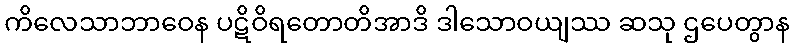
ကိလေသာဘာဝေန ပဋိဝိရတောတိအာဒိ ဒါသောဝယျဿ ဆသု ဌပေတွာန